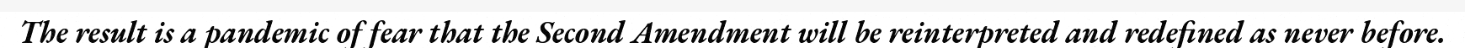
The result is a pandemic of fear that the Second Amendment will be reinterpreted and redefined as never before.